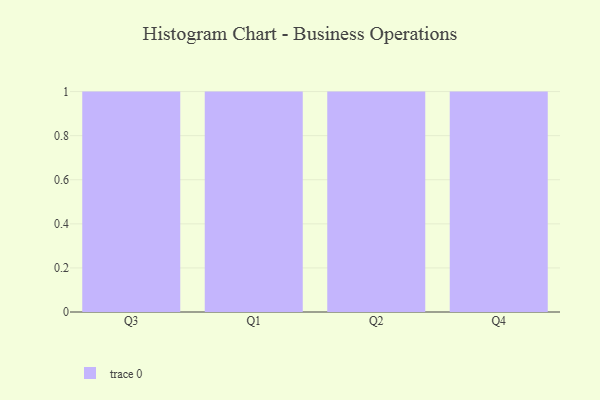
{"axis": {"x": "Quarter", "y": "Page Views"}, "legend": [""], "data": [{"x": "Q3", "y": 75, "type": ""}, {"x": "Q1", "y": 38, "type": ""}, {"x": "Q2", "y": 12, "type": ""}, {"x": "Q4", "y": 17, "type": ""}]}